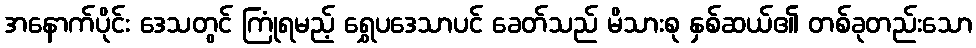
အနောက်ပိုင်း ဒေသတွင် ကြုံရမည့် ရွှေပဒေသာပင် ခေတ်သည် မိသားစု နှစ်ဆယ်၏ တစ်ခုတည်းသော